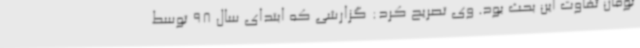
تومان تفاوت این بحث بود. وی تصریح کرد: گزارشی که ابتدای سال 98 توسط